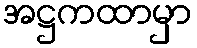
အဋ္ဌကထာမှာ